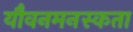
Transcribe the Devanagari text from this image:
यौवनमनस्कता